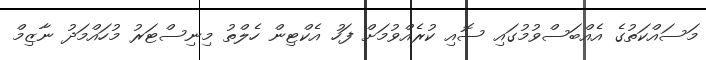
މަސައްކަތުގެ އެއްބަސްވުމުގައި ސޮއި ކުރެއްވުމަށް ފަހު އެކްޓިން ހެލްތު މިނިސްޓަރު މުހައްމަދު ނާޒިމް